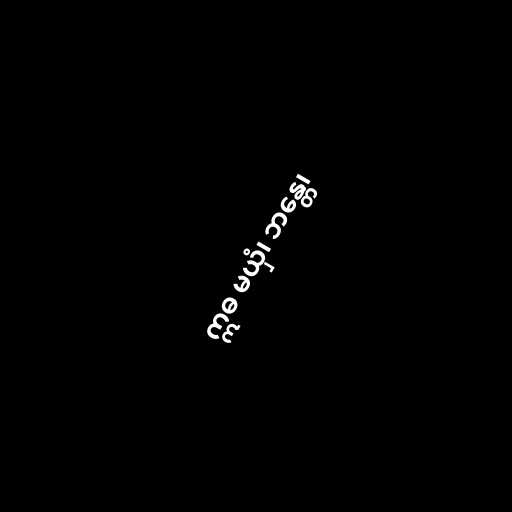
ဣဓ မယှံ၊ ဘန္တေ၊